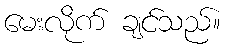
မေးလိုက် ချင်သည်။